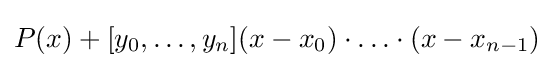
P(x)+[y_{0},\ldots ,y_{n}](x-x_{0})\cdot \ldots \cdot (x-x_{n-1})